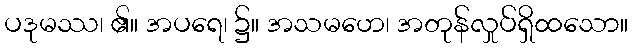
ပဒုမဿ၊ ၏။ အပရေ၊ ၌။ အသမဟေ၊ အတုန်လှုပ်ရှိထသော။